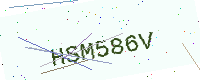
Text: HSM586V